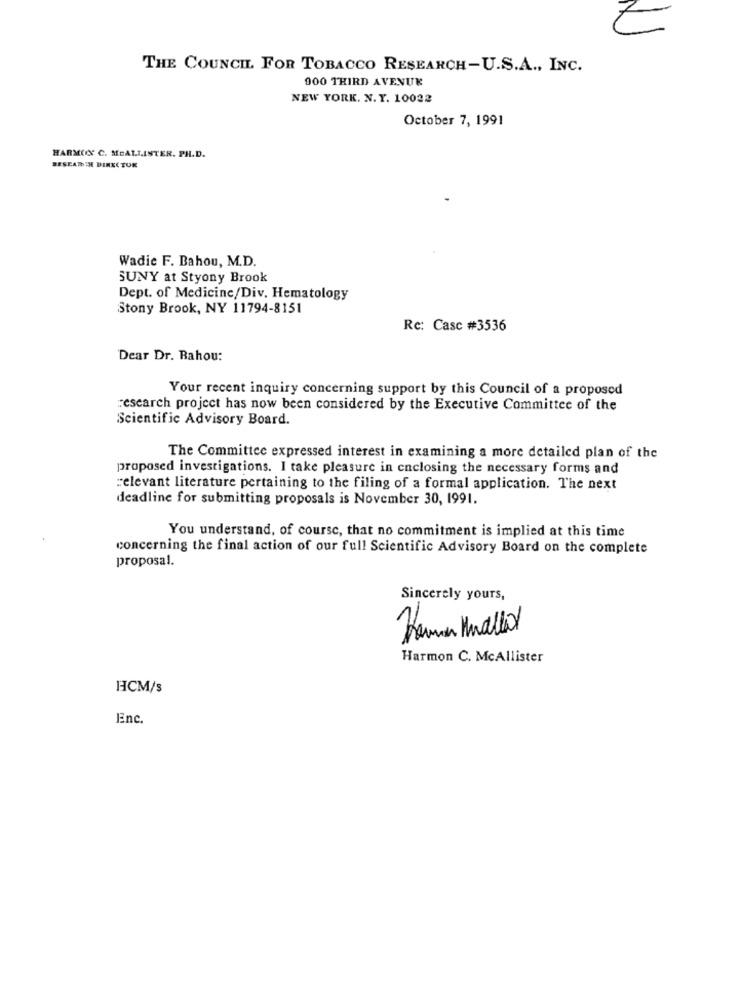
THE COUNCIL FOR TOBACCO RESEARCH-U.S.A ., INC.
900 THIRD AVENUE
NEW YORK. N. Y. 10022
October 7, 1991
HARMONY C. MCALLISTER. PH.D.
RESEARCH DIRECTOR
Wadie F. Bahou, M.D.
SUNY at Styony Brook
Dept. of Medicine/Div. Hematology
Stony Brook, NY 11794-8151
Re: Casc #3536
Dear Dr. Bahou:
Your recent inquiry concerning support by this Council of a proposed
research project has now been considered by the Executive Committee of the
Scientific Advisory Board.
The Committee expressed interest in examining a more detailed plan of the
proposed investigations. I take pleasure in enclosing the necessary forms and
elevant literature pertaining to the filing of a formal application. The next
deadline for submitting proposals is November 30, 1991.
You understand, of course, that no commitment is implied at this time
concerning the final action of our full Scientific Advisory Board on the complete
proposal.
Sincerely yours,
Hana Mald
Harmon C. McAllister
HCM/s
Enc.